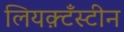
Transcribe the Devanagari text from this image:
लियक़्टँस्टीन